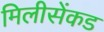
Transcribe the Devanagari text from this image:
मिलीसेंकड